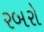
રબરો